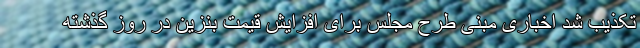
تکذیب شد اخباری مبنی طرح مجلس برای افزایش قیمت بنزین در روز گذشته